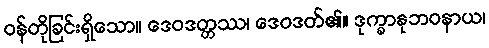
ဝန်တိုခြင်းရှိသော။ ဒေဝဒတ္တဿ၊ ဒေဝဒတ်၏။ ဒုက္ခာနုဘဝနာယ၊